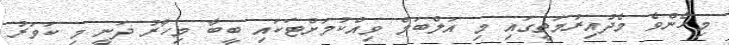
މިހެންވެ މެދުއިރުމަތީގައި މި އަލްބަމް ވިއްކުމަށްޓަކައި ބީބާ މިހާރު ދަނީ މި ކަވަރު